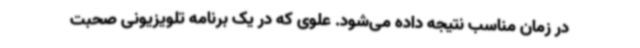
در زمان مناسب نتیجه داده می‌شود. علوی که در یک برنامه تلویزیونی صحبت